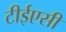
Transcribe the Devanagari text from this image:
टीईएसी